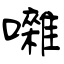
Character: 囃